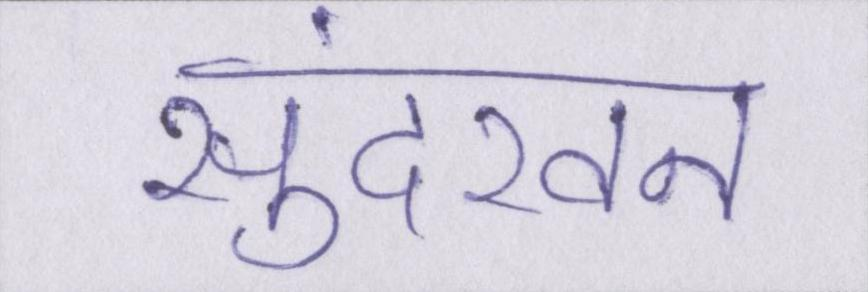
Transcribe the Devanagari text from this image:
सुंदरवन